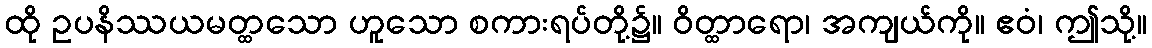
ထို ဥပနိဿယမတ္ထသော ဟူသော စကားရပ်တို့၌။ ဝိတ္ထာရော၊ အကျယ်ကို။ ဧဝံ၊ ဤသို့။